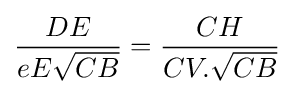
{\frac {DE}{eE{\sqrt {CB}}}}={\frac {CH}{CV.{\sqrt {CB}}}}